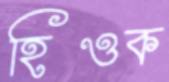
হিওক